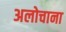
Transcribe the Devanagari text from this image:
अलोचाना